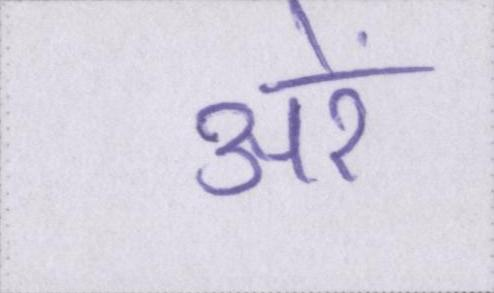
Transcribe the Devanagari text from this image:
अरे